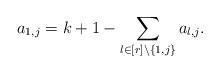
LaTeX: \begin{align*} a_{1,j} = k+1 - \sum_{l \in [r] \setminus \{ 1,j \}} a_{l,j}.\end{align*}